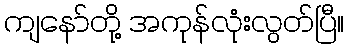
ကျနော်တို့ အကုန်လုံးလွတ်ပြီ။